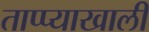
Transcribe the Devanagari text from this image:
ताप्प्याखाली